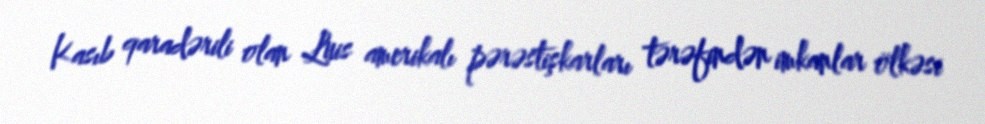
Kasıb qaradərili olan Luis amerikalı pərəstişkarları tərəfindən imkanlar ölkəsi